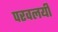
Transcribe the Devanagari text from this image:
परवलयी